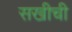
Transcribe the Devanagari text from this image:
सखीची